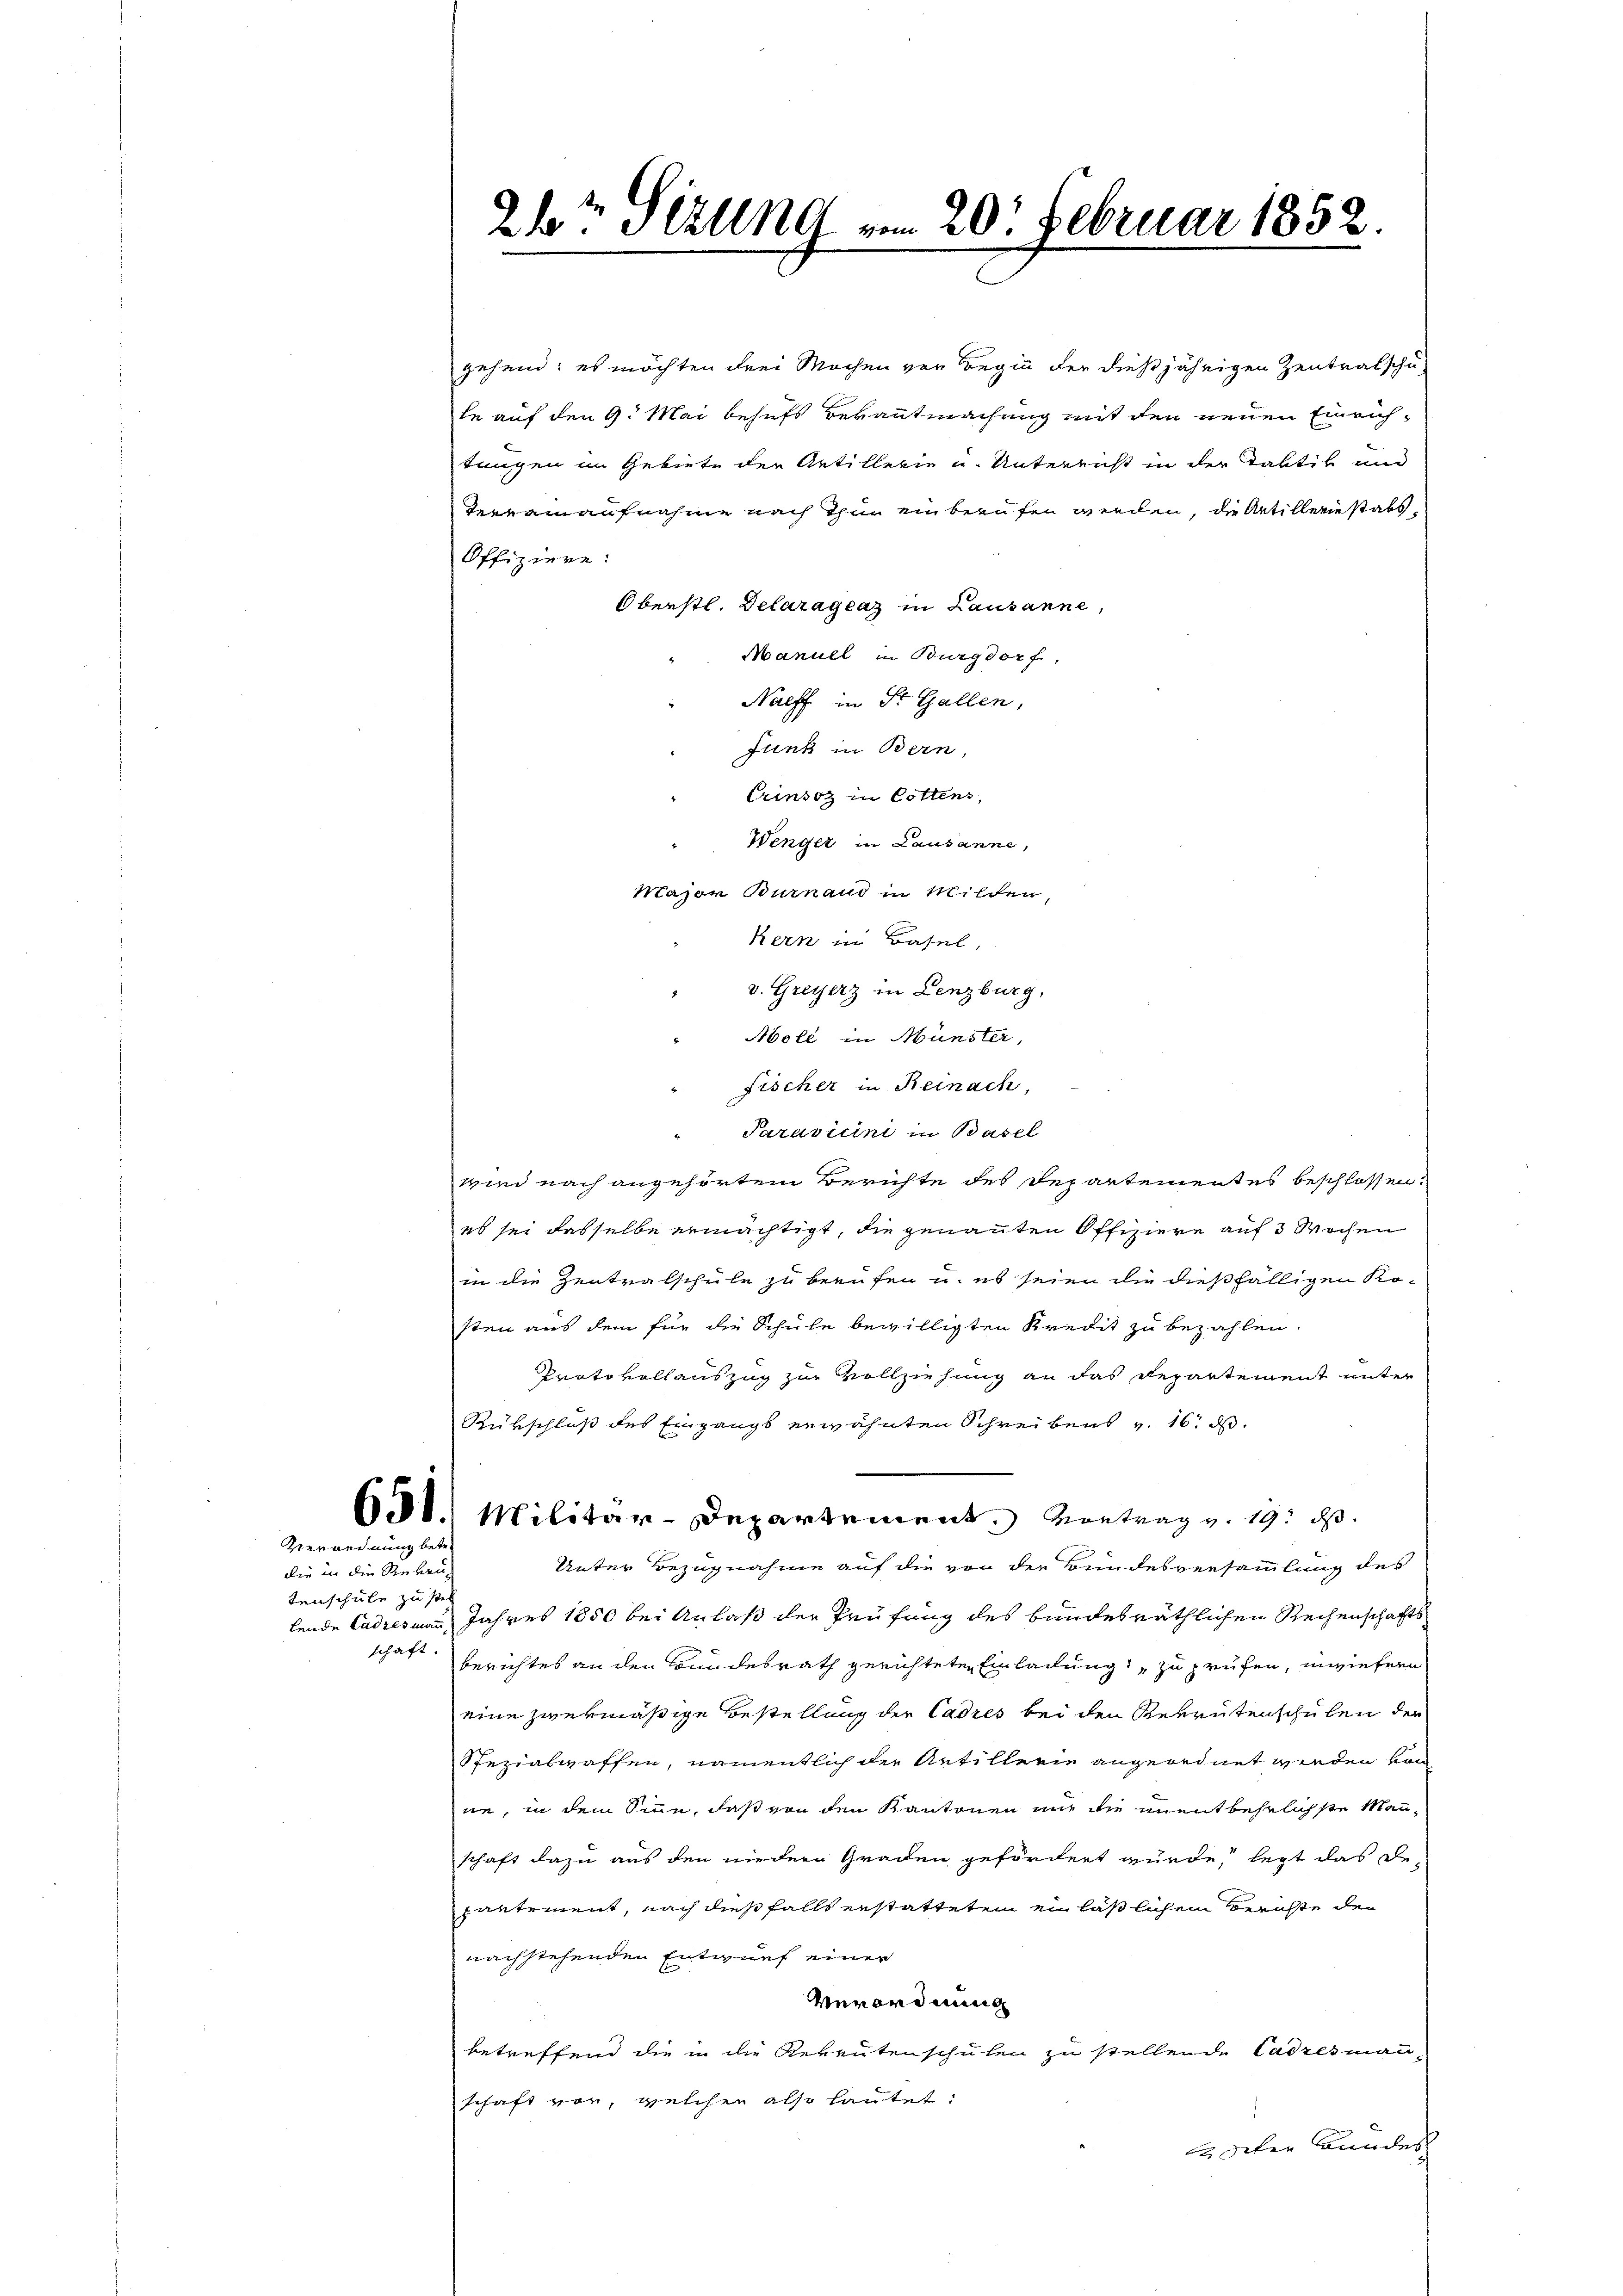
Verordnung betr.

die in die Stuben,
tenschule zu stel

21r Sizung vom 20. Februar 1852.

gehend; es möchten drei Wochen von Beginn der dießjährigen Zentralschu
te auf den 9. Mai behufs Bekanntmachung mit den neuen Einrichtungen im Gebiete der Artillerie u. Unterricht in der Taktik und
Terrainaufnahme nach Thun ein berufen werden, die Artillerie statt,
Offiziere:
Oberstl. Delaragraz in Lausanne,
Manuel in Burgdorf,
Nalff in St. Gallen,
Junk in Bern,
Crinsoz in Cottens,
Wenger in Lausanne,
Major Burnaud in Milden,
Kern in Basel,
v. Greyerz in Lenzburg,
"Aboll in Münster,
Fischer in Reinach,
Paravicini in Basel
wird nach angehörtem Berichte des Separtementes beschlossen.
eb sei dasselbe ermächtigt, die genannten Offiziere auf 3 Wochen
in die Zentralschule zu berufen u. es seien die dießfälligen Kosten aus dem für die Schule bewilligten Kredit zu bezahlen.
Protokollauszug zur Vollziehung an das Departement unter
Rübschluß des Eingangs erwähnten Schreibens v. 16. ds.
631. Militär-Departement. Vortrag v. 19. ds.
Unter Bezugnahme auf die von der Bundesversammlung des
lende Cadres mau Jahres 1850 bei Anlaß der Prüfung des bundesräthlichen Rechenschafts
schaft Berichtes an den Bundesrath gerichteten Einladung zu prüfen, inwieferen.
eine zwekmäßige Bestellung der Cadres bei den Rekrutenschulen der
Spezialwaffen, namentlich der Artillerie angeordnet werden von
ne, in dem Sinne, daß von den Kantonen nur die unentbehrlichste Manschaft dazu aus den niedern Graden gefördert wurde, legt das De-
pantement, nach dießfalls erstatteten en läßlichen Berichte den
nachstehenden Entwurf einer
Verordnung
betreffend die in die Rekrutenschulen zu stellende Cadresmann-
schaft vor, welchen also lautet:
deter Bundes